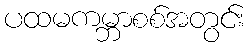
ပထမကမ္ဘာစစ်အတွင်း